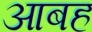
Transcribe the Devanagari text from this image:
आबह